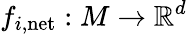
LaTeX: f_{i,\mathrm{net}}:M\to\mathbb{R}^{d}